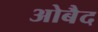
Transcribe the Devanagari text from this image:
ओबैद